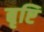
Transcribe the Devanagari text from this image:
बृष्टि